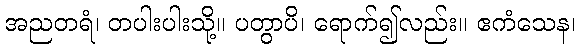
အညတရံ၊ တပါးပါးသို့။ ပတွာပိ၊ ရောက်၍လည်း။ ဧကံသေန၊